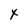
Character: x